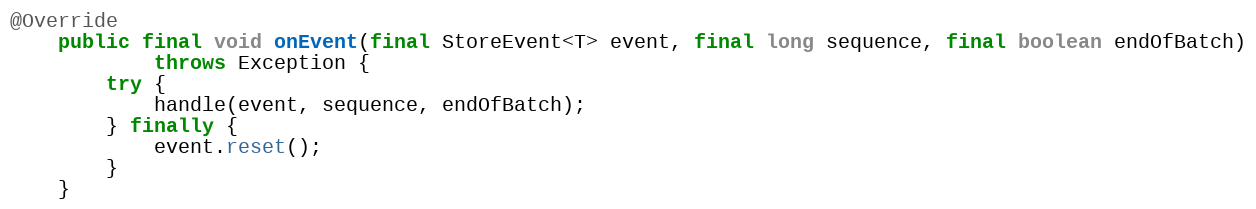
Language: Java
@Override
    public final void onEvent(final StoreEvent<T> event, final long sequence, final boolean endOfBatch)
            throws Exception {
        try {
            handle(event, sequence, endOfBatch);
        } finally {
            event.reset();
        }
    }